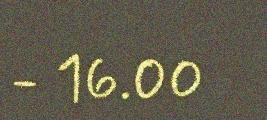
- 16.00